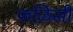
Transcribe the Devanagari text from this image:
फळिसी